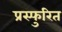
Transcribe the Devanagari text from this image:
प्रस्फुरित